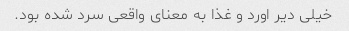
خیلی دیر اورد و غذا به معنای واقعی سرد شده بود.